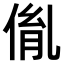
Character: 𠉥